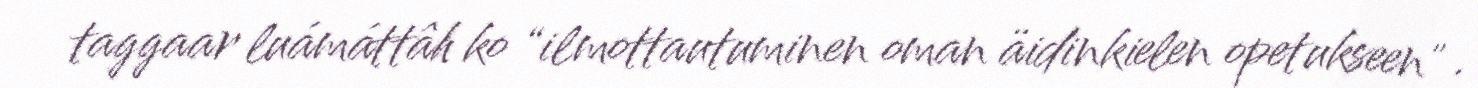
taggaar luámáttâh ko “ilmottautuminen oman äidinkielen opetukseen" .